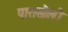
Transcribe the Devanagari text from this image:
पारासौली